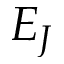
E _ { J }